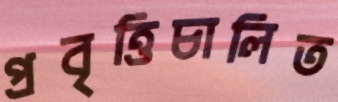
প্রবৃত্তিচালিত